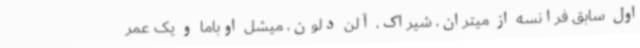
اول سابق فرانسه از میتران، شیراک، آلن دلون، میشل اوباما و یک عمر